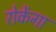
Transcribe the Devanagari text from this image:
रोकेंगा